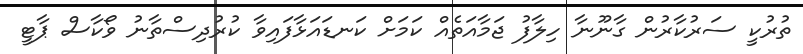
ތުރުކީ ސަރުކާރުން ގާނޫނާ ހިލާފު ޖަމާއަތެއް ކަމަށް ކަނޑައަޅާފައިވާ ކުރުދިސްތާނު ވޯކާސް ޕާޓީ